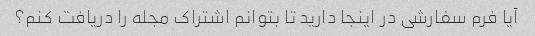
آیا فرم سفارشی در اینجا دارید تا بتوانم اشتراک مجله را دریافت کنم؟